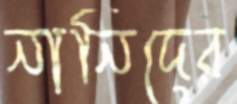
নানিদের